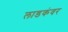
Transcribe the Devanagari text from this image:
लाडकंवर